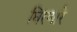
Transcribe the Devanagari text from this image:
घिरणारे